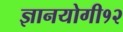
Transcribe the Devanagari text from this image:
ज्ञानयोगी१२